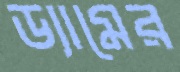
ড্যামের